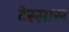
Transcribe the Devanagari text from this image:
टेस्सास